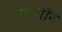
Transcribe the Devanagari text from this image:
गाशीर